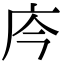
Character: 庈